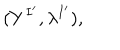
( Y ^ { I ^ { \prime } } , \lambda ^ { I ^ { \prime } } ) ,